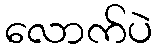
လောက်ပဲ